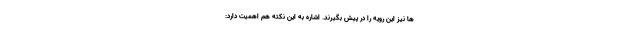
ها نیز این رویه را در پیش بگیرند. اشاره به این نکته هم اهمیت دارد: